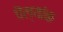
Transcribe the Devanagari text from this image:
चॆल्यांक